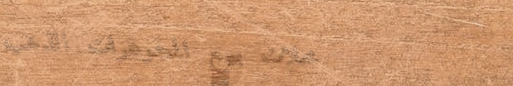
محلات بيع المجوهرات الذهب